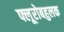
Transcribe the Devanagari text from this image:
फ्लूरोबहुलक